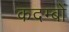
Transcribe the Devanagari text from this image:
कदम्बों